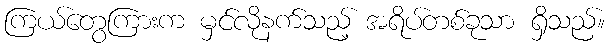
ကြယ်တွေကြားက မှင်လိုနက်သည့် အရိပ်တစ်ခုသာ ရှိသည်။